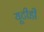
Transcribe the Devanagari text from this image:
यूटीडी